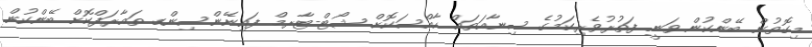
މިގޮތުން ބޭންކުން ވަނީ ފަތުުރުވެރިކަމުގެ ސިނާއަތައް ހާއްސަކޮށް ޝޯޓް-ޓާރމް ފައިނޭންސިންގ ތައާރަފްކޮށް ބޭންކުން